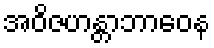
အဝိဇဟန္တာဘာဝေန